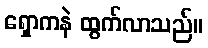
ရှောကနဲ ထွက်လာသည်။